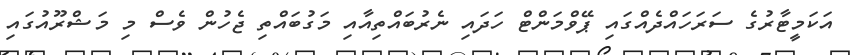
އަކަމީޓާރުގެ ސަރަހައްދެއްގައި ޕޭވްމަންޓް ހަދައި ނެރުބައްތިއާއި މަގުބައްތި ޖެހުން ވެސް މި މަޝްރޫއުގައި